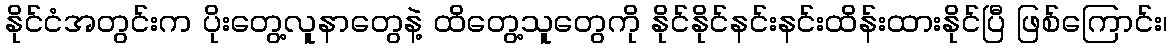
နိုင်ငံအတွင်းက ပိုးတွေ့လူနာတွေနဲ့ ထိတွေ့သူတွေကို နိုင်နိုင်နင်းနင်းထိန်းထားနိုင်ပြီ ဖြစ်ကြောင်း၊